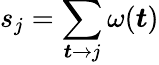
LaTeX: s_{j}=\sum_{\boldsymbol{t}\to j}\omega(\boldsymbol{t})